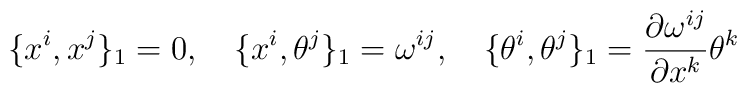
\{x^i, x^j\}_{1}=0,\quad \{x^i, \theta^j\}_{1}=\omega^{ij},\quad\{\theta^i, \theta^j\}_{1}=\frac{\partial\omega^{ij}}{\partial x^k}\theta^k